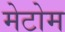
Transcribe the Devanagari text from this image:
मेटोम